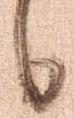
日